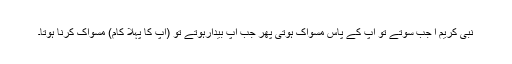
نبیٔ کریم ا جب سوتے تو آپ کے پاس مسواک ہوتی پھر جب آپ بیدارہوتے تو (آپ کا پہلا کام) مسواک کرنا ہوتا۔